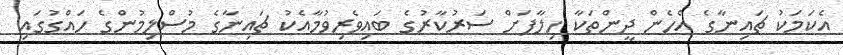
އެކަމަކު ޗައިނާގެ އެހެން ދީންތަކާ ހިލާފަށް ސަރުކާރުގެ ބައިވެރިވުމާއެކު ޗައިނާގެ މުސްލިމުންގެ ހައްގުގައި